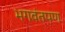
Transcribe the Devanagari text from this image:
भगवंतपण